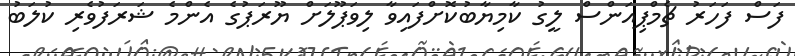
ފަސް ފަހަރު ޗެމްޕިއަންސް ލީގު ކާމިޔާބުކޮށްފައިވާ ލިވަޕޫލަށް ޔޫރަޕުގެ އެންމެ ޝަރަފުވެރި ކުލަބު